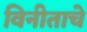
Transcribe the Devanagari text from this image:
विनीताचे